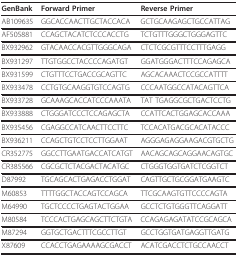
<table><thead><tr><td><b>GenBank</b></td><td><b>Forward Primer</b></td><td><b>Reverse Primer</b></td></tr></thead><tbody><tr><td>AB109635</td><td>GGCACCAACTTGCTACCACA</td><td>GCTGCAAGAGCTGCCATTAG</td></tr><tr><td>AF505881</td><td>CCAGCTACATCTCCCACCTG</td><td>TCTGTTTGGGCTGGGAGTTC</td></tr><tr><td>BX932962</td><td>GTACAACCACGTTGGGCAGA</td><td>CTCTCGCGTTTCCTTTGAGG</td></tr><tr><td>BX931297</td><td>TTGTGGCCTACCCCAGATGT</td><td>GGATGGGACTTTCCAGAGCA</td></tr><tr><td>BX931599</td><td>CTGTTTCCTGACCGCAGTTC</td><td>AGCACAAACTCCGCCATTTT</td></tr><tr><td>BX933478</td><td>CCTGTGCAAGGTGTCCAGTG</td><td>CCCAATGGCCATACAGTTCA</td></tr><tr><td>BX933728</td><td>GCAAAGCACCATCCCAAATA</td><td>TAT TGAGGCGCTGACTCCTG</td></tr><tr><td>BX933888</td><td>CTGGGATCCCTCCAGAGCTA</td><td>CCATTCACTGGAGCACCAAA</td></tr><tr><td>BX935456</td><td>CGAGGCCATCAACTTCCTTC</td><td>TCCACATGACGCACATACCC</td></tr><tr><td>BX936211</td><td>CCAGCTGTCCTCCTTGGAAT</td><td>AGGGAGAGGAAGACGTGCTG</td></tr><tr><td>CR352775</td><td>GGCCTTGAATGACCATCATGT</td><td>AACAGCAGCAGGAACAGTGC</td></tr><tr><td>CR385566</td><td>CGCGCTCTACGACTACATGC</td><td>CTGGGTGGTGATCTCGGTCT</td></tr><tr><td>D87992</td><td>TGCAGCACTGAGACCTGGAT</td><td>CAGTTGCTGCGGATGAAGTC</td></tr><tr><td>M60853</td><td>TTTTGGCTACCAGTCCAGCA</td><td>TTCGCAAGTGTTCCCCAGTA</td></tr><tr><td>M64990</td><td>TGCTCCCCTGAGTACTGGAA</td><td>GCCTCTGTGGGTTCAGGATT</td></tr><tr><td>M80584</td><td>TCCCACTGAGCAGCTTCTGTA</td><td>CCAGAGAGATATCCGCAGCA</td></tr><tr><td>M87294</td><td>GGTGCTGACTTTCGCCTTGT</td><td>GCCTGGTGATGAGGTTGATG</td></tr><tr><td>X87609</td><td>CCACCTGAGAAAAGCGACCT</td><td>ACATCGACCTCTGCCAACCT</td></tr></tbody></table>